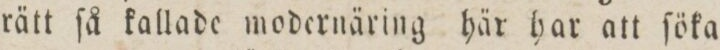
rätt ſå kallade modernäring här har att ſöka